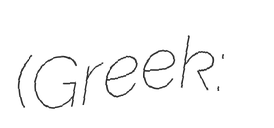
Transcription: (Greek: Μονή